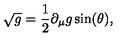
\sqrt { g } = \frac { 1 } { 2 } \partial _ { \mu } g \sin ( \theta ) ,